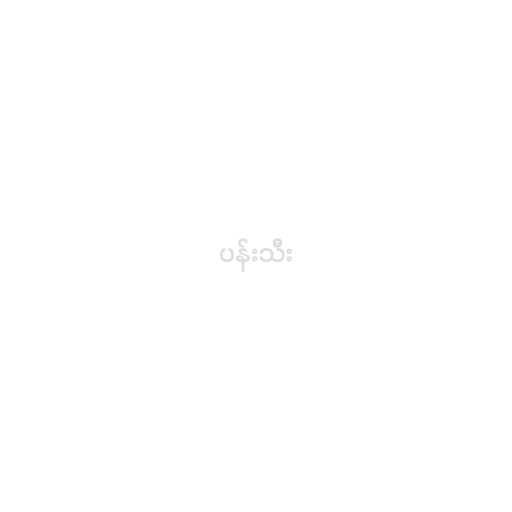
ပန်းသီး